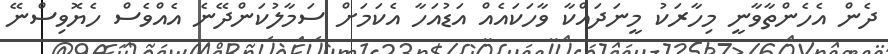
ދެން އެހެންތާވާނީ މިހާރަކު މީނަދައްކާ ވާހަކައެއް އަޑުއަހާ އެކަމަށް ސަމާލުކަންދޭނެ އެއްވެސް ހެޔޮވިސްނޭ